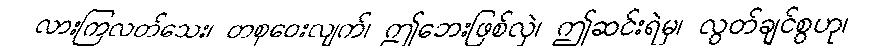
လားကြလတ်သေး၊ တစုဝေးလျက်၊ ဤဘေးဖြစ်လှဲ၊ ဤဆင်းရဲမှ၊ လွတ်ချင်စွဟု၊